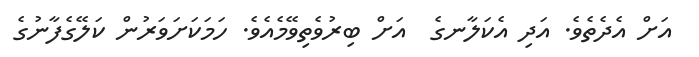
އަށް އެދެތެވެ. އަދި އެކަލާނގެ  އަށް ބިރުވެތިވޭމެއެވެ. ހަމަކަށަވަރުން ކަލޭގެފާނުގެ